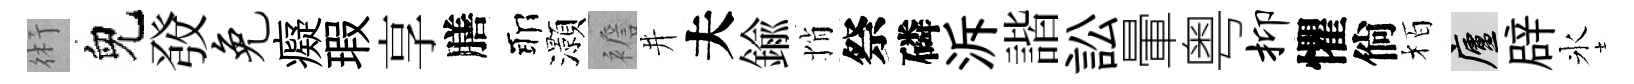
術兒𤼲免癡瑕享膳耶灝襜井夫鍮悄祭磷泝諧訟暈粤抑懼倘栢廬辟氷